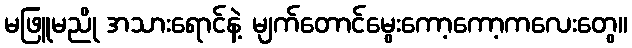
မဖြူမညို အသားရောင်နဲ့ မျက်တောင်မွေးကော့ကော့ကလေးတွေ။